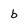
Character: b